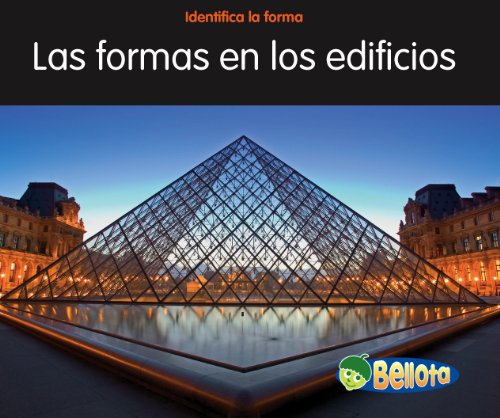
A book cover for Las formas en los edificios (Identifica la forma) (Spanish Edition); Rebecca Rissman; Children's Books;